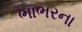
ભાભરના